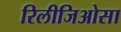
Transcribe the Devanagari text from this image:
रिलीजिओसा